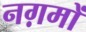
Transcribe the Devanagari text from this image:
नग़मों